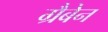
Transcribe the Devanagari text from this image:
ग्रैबेन